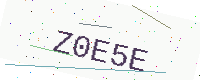
Text: Z0E5E